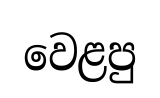
වෙළපු